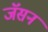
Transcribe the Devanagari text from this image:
जॅसन